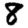
Digit: 8